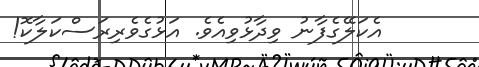
އެކަލޭގެފާނު ވިދާޅުވިއެވެ. އަޅުގެވެރިރަސްކަލާކޮ!